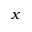
\boldsymbol x